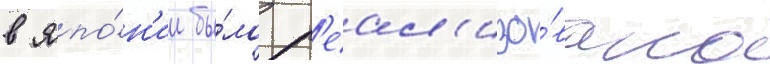
в япо́н'ии бы́ло р'еал'изо́вано